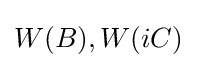
{\textstyle W(B),W(iC)}